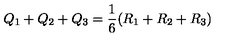
Q _ { 1 } + Q _ { 2 } + Q _ { 3 } = \frac { 1 } { 6 } ( R _ { 1 } + R _ { 2 } + R _ { 3 } )